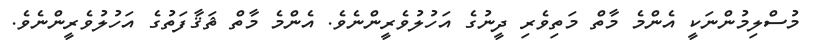
މުސްލިމުންނަކީ އެންމެ މާތް މަތިވެރި ދީނުގެ އަހުލުވެރީންނެވެ. އެންމެ މާތް ޘަޤާފަތުގެ އަހުލުވެރީންނެވެ.